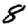
Digit: 8